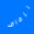
لزفاف